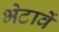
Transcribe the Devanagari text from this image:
भेटावें